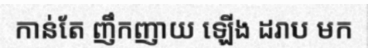
កាន់តែ ញឹកញាយ ឡើង ដរាប មក